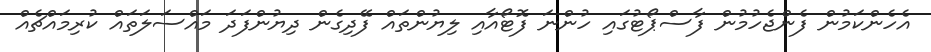
އެހެންކަމުން ފެންޖެހުމުން ފާސްޕޯޓުގައި ހުންނަ ފޮޓޯއާއި ލިޔުންތައް ފޭދިގެން ދިޔުންފަދަ މައްސަލަތައް ކުރިމައްޗެއް